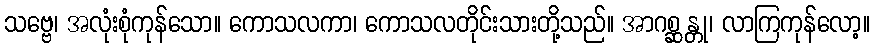
သဗ္ဗေ၊ အလုံးစုံကုန်သော။ ကောသလကာ၊ ကောသလတိုင်းသားတို့သည်။ အာဂစ္ဆန္တု၊ လာကြကုန်လော့။